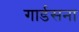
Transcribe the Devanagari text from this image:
गार्डसना